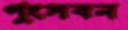
পুংসবন